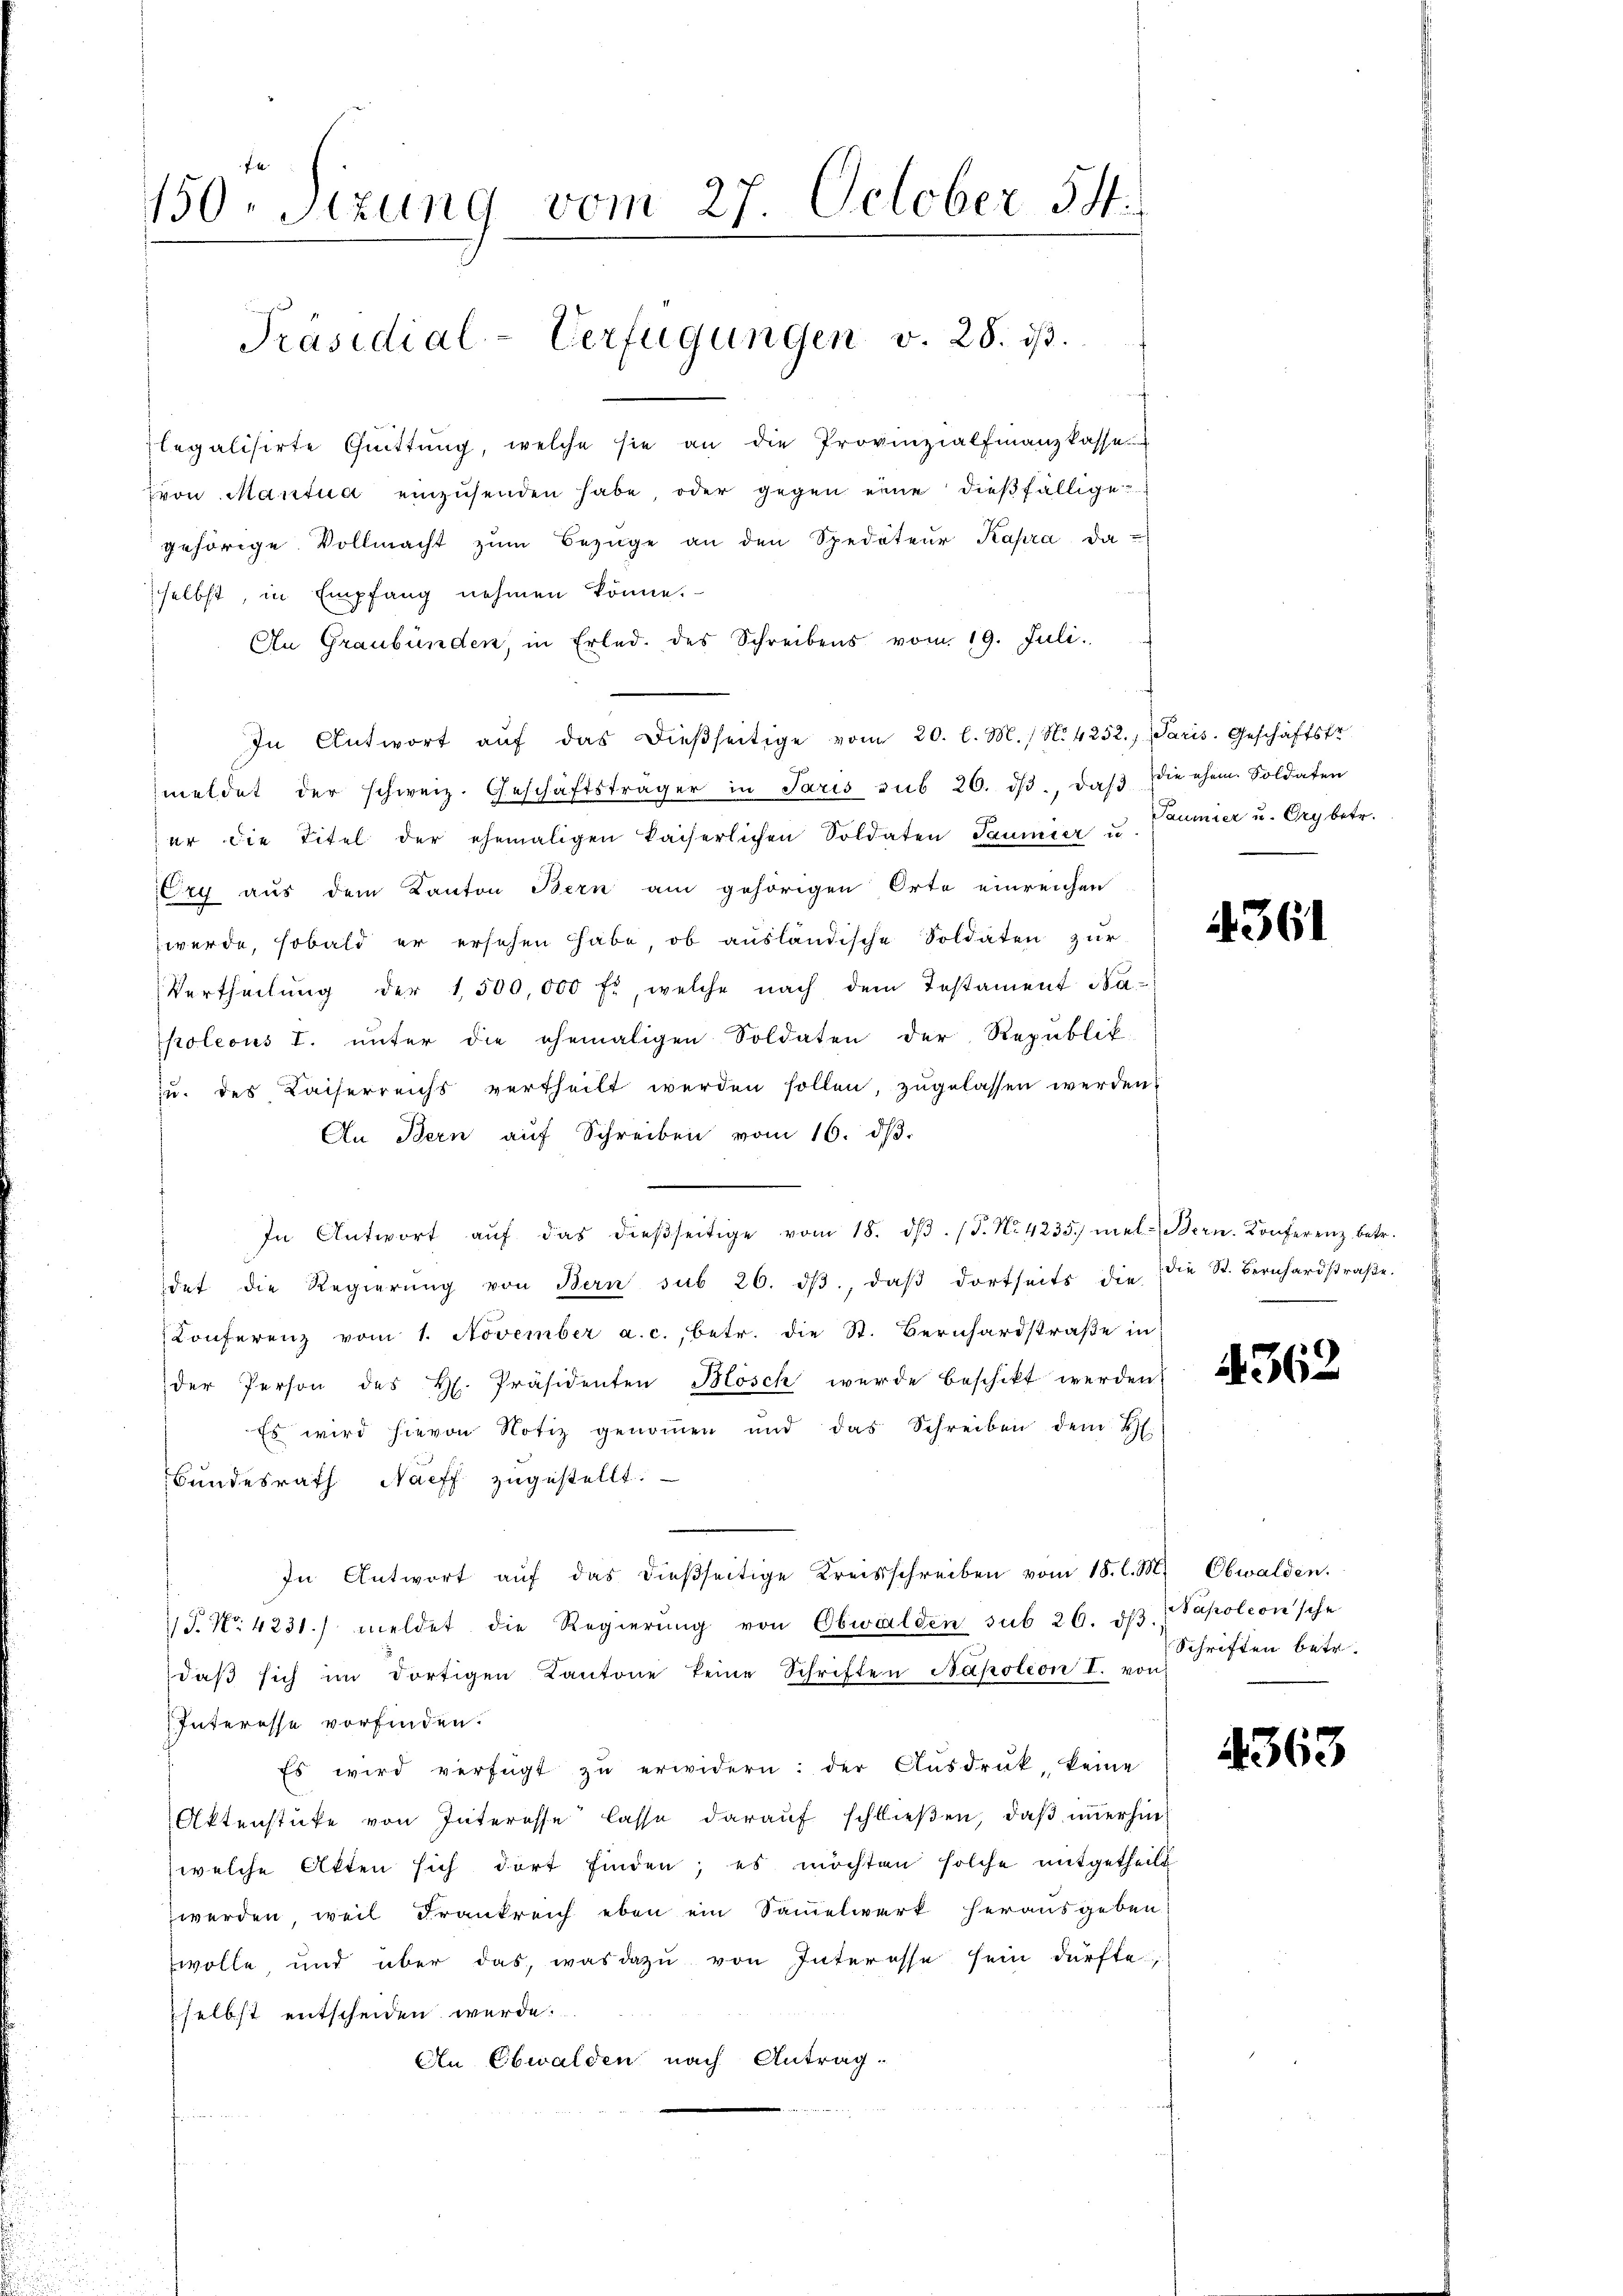
150. Sizung vom 27. October 54.
Präsidial-Verfügungen v. 28. ds.

legalisirte Qŭittŭng, welche sie an die Provinzialfinanzkasse
von Mantua einzusenden habe, oder gegen eine dießfällige
gehörige Vollmacht zŭm Bezüge an den Spediteur Kapra, da
selbst in Empfang nehmen könne.
An Graubünden, in Erled. des Schreibens vom 19. Juli.
In Antwort aŭf das dieβseitige vom 20. l. M. / N. 4252. Paris. Geschäftstr.
meldet der schweiz. Geschäftsträger in Paris sub 20. dβ, daβ die ehem. Soldaten
er die Titel der ehemaligen kaiserlichen Soldaten Saumier u
Cry aus dem Kanton Bern am gehörigen Orte einreichen
werde, sobald er ersehen habe, ob ausländische Soldaten zur
Vertheilŭng der 1,500,000 fl, welche nach dem Testament Napoleous I. unter die ehemaligen Soldaten der Republik
u. des Kaiserreichs vertheilt werden sollen, zŭgelassen werden.
An Bern aŭf Schreiben vom 16. dβ.
In Antwort aŭf das dieβseitige vom 18. dβ. (T. No. 4235. meldern. Konferenz betr.
det die Regierŭng von Bern sub 26. dβ, daβ dortseits die die St. Bernhardstraβe.
Conferenz vom 1. November a. c., betr. die St. Bernhardstraße in
der Person des H. Präsidenten Blösch werde beschikt werden
Es wird hievon Notiz genommen und das Schreiben dem B
Bundesrath Nacff zugestellt.
In Antwort aŭf das dieβseitige Kreisschreiben vom 18. l. M. Obwalden.
/J. No. 4231. meldet die Regierŭng von Obwalden sub 26. dβ.
daβ sich im dortigen Kantone seine Schriften Napoleon I. von
Interesse vorfinden.
Es wird verfügt zŭ erwidern: der Aŭsdrück, keine
Aktenstücke von Interesse lasse darauf schließen, daß immerhinwelche Akten sich dort finden; es möchten solche mitgetheilt
werden, weil Frankreich eben ein Sammelwerk herausgeben
wolle und über das, was dazu von Interesse sein dürfte
selbst entscheiden werde.
An Ebwalden nach Antrag

Taumier u. Ory betr.

4361

.

4362

Napoleon sche
Schriften betr.

4363